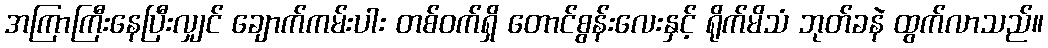
အကြာကြီးနေပြီးလျှင် ချောက်ကမ်းပါး တစ်ဝက်ရှိ တောင်စွန်းလေးနှင့် ရိုက်မိသံ ဘုတ်ခနဲ ထွက်လာသည်။